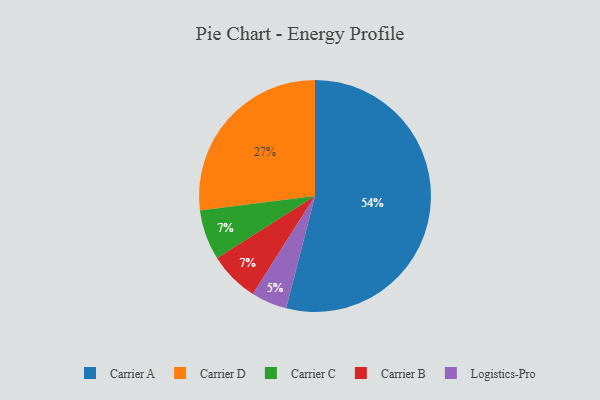
{"axis": {"x": "Category", "y": "Percentage"}, "legend": ["Carrier A", "Carrier B", "Carrier C", "Carrier D", "Logistics-Pro"], "data": [{"x": "Carrier D", "y": 27, "type": "Carrier D"}, {"x": "Carrier A", "y": 54, "type": "Carrier A"}, {"x": "Logistics-Pro", "y": 5, "type": "Logistics-Pro"}, {"x": "Carrier C", "y": 7, "type": "Carrier C"}, {"x": "Carrier B", "y": 7, "type": "Carrier B"}]}